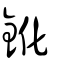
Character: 鈋